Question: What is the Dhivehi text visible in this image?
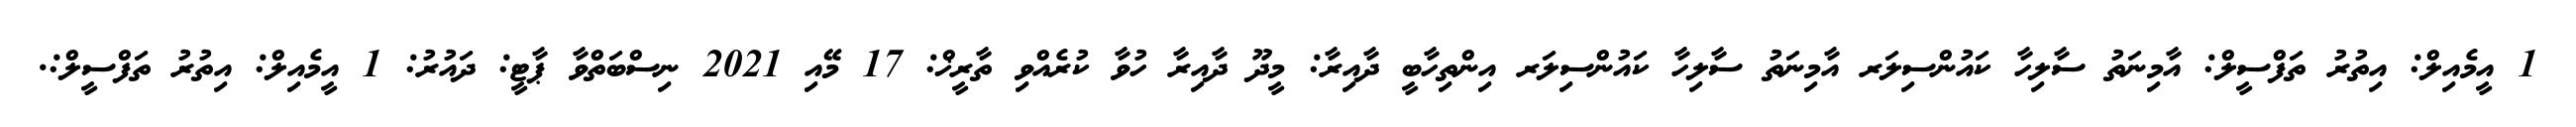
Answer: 1 އީމެއިލް: އިތުރު ތަފްސީލް: އާމިނަތު ސާލިހާ ކައުންސިލަރ އާމިނަތު ސާލިހާ ކައުންސިލަރ އިންތިހާބީ ދާއިރާ: މީދޫ ދާއިރާ ހުވާ ކުރެއްވި ތާރީޚް: 17 މޭއި 2021 ނިސްބަތްވާ ޕާޓީ: ދައުރު: 1 އީމެއިލް: އިތުރު ތަފްސީލް:.